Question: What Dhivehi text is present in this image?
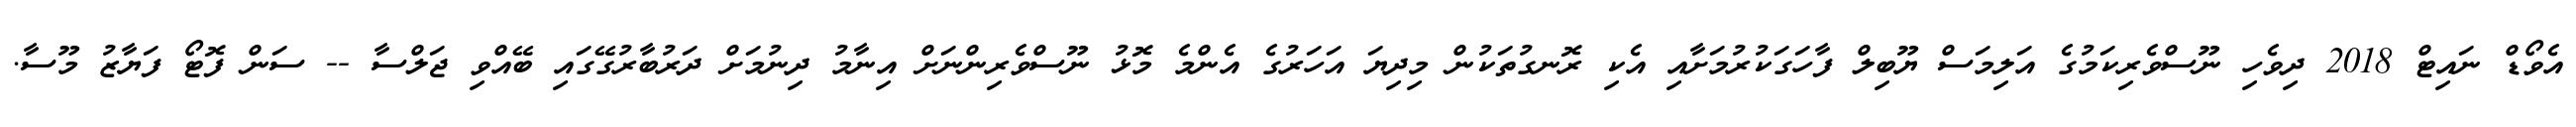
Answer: އެވޯޑް ނައިޓް 2018 ދިވެހި ނޫސްވެރިކަމުގެ އަލިމަސް ޔޫބިލް ފާހަގަކުރުމަށާއި އެކި ރޮނގުތަކުން މިދިޔަ އަހަރުގެ އެންމެ މޮޅު ނޫސްވެރިންނަށް އިނާމު ދިނުމަށް ދަރުބާރުގޭގައި ބޭއްވި ޖަލްސާ -- ސަން ފޮޓޯ ފަޔާޒު މޫސާ.